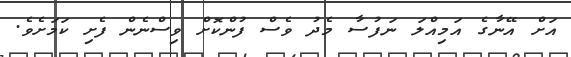
އަށް އޭނާގެ އަމިއްލަ ނަފުސާ މެދު ވެސް ފުންކޮށް ވިސްނެން ފެށި ކަމަށެވެ.